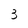
Character: 3